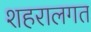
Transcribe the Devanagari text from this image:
शहरालगत